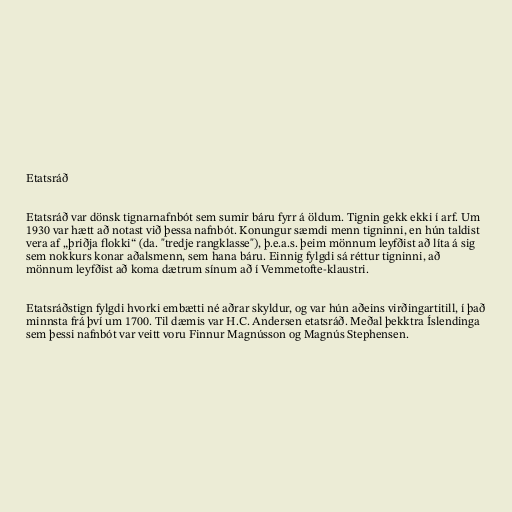
Etatsráð

Etatsráð var dönsk tignarnafnbót sem sumir báru fyrr á öldum. Tignin gekk ekki í arf. Um
1930 var hætt að notast við þessa nafnbót. Konungur sæmdi menn tigninni, en hún taldist
vera af „þriðja flokki“ (da. "tredje rangklasse"), þ.e.a.s. þeim mönnum leyfðist að líta á sig
sem nokkurs konar aðalsmenn, sem hana báru. Einnig fylgdi sá réttur tigninni, að
mönnum leyfðist að koma dætrum sínum að í Vemmetofte-klaustri.

Etatsráðstign fylgdi hvorki embætti né aðrar skyldur, og var hún aðeins virðingartitill, í það
minnsta frá því um 1700. Til dæmis var H.C. Andersen etatsráð. Meðal þekktra Íslendinga
sem þessi nafnbót var veitt voru Finnur Magnússon og Magnús Stephensen.